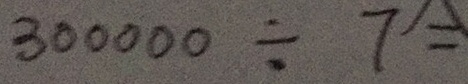
3 0 0 0 0 0 \div 7 =